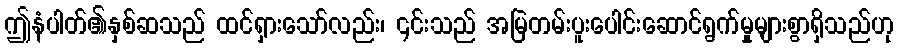
ဤနံပါတ်၏နှစ်ဆသည် ထင်ရှားသော်လည်း၊ ၎င်းသည် အမြဲတမ်းပူးပေါင်းဆောင်ရွက်မှုများစွာရှိသည်ဟု